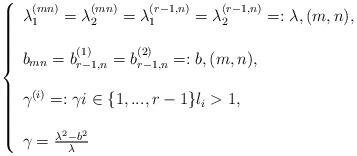
LaTeX: \begin{align*}\left\{\begin{array}{l}\lambda^{(mn)}_1=\lambda^{(mn)}_2=\lambda_1^{(r-1,n)}=\lambda_2^{(r-1,n)}=:\lambda, (m,n),\\\\b_{mn}=b^{(1)}_{r-1,n}=b^{(2)}_{r-1,n}=:b, (m,n),\\\\\gamma^{(i)}=:\gamma i\in\{1,...,r-1\} l_i>1,\\\\\gamma=\frac{\lambda^2-b^2}{\lambda}\end{array}\right.\end{align*}